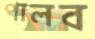
পালব